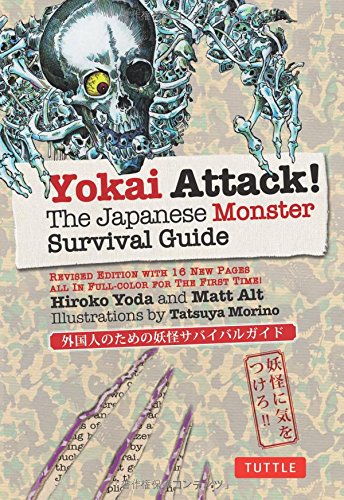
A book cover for Yokai Attack!: The Japanese Monster Survival Guide; Hiroko Yoda; Children's Books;